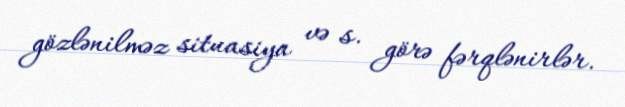
gözlənilməz situasiya və s. görə fərqlənirlər.